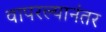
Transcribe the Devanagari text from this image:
वापरल्यानंतर